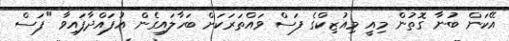
އޭކަން ބުނާ ގޮތުން މިއީ މިއުޒިކްގެ ފަސް ވައްތަރަކަށް ބަހާލައިގެން އުފައްދާފައިވާ "ފަސް